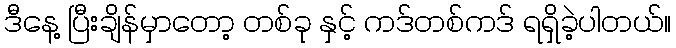
ဒီနေ့ ပြီးချိန်မှာတော့ တစ်ခု နှင့် ကဒ်တစ်ကဒ် ရရှိခဲ့ပါတယ်။